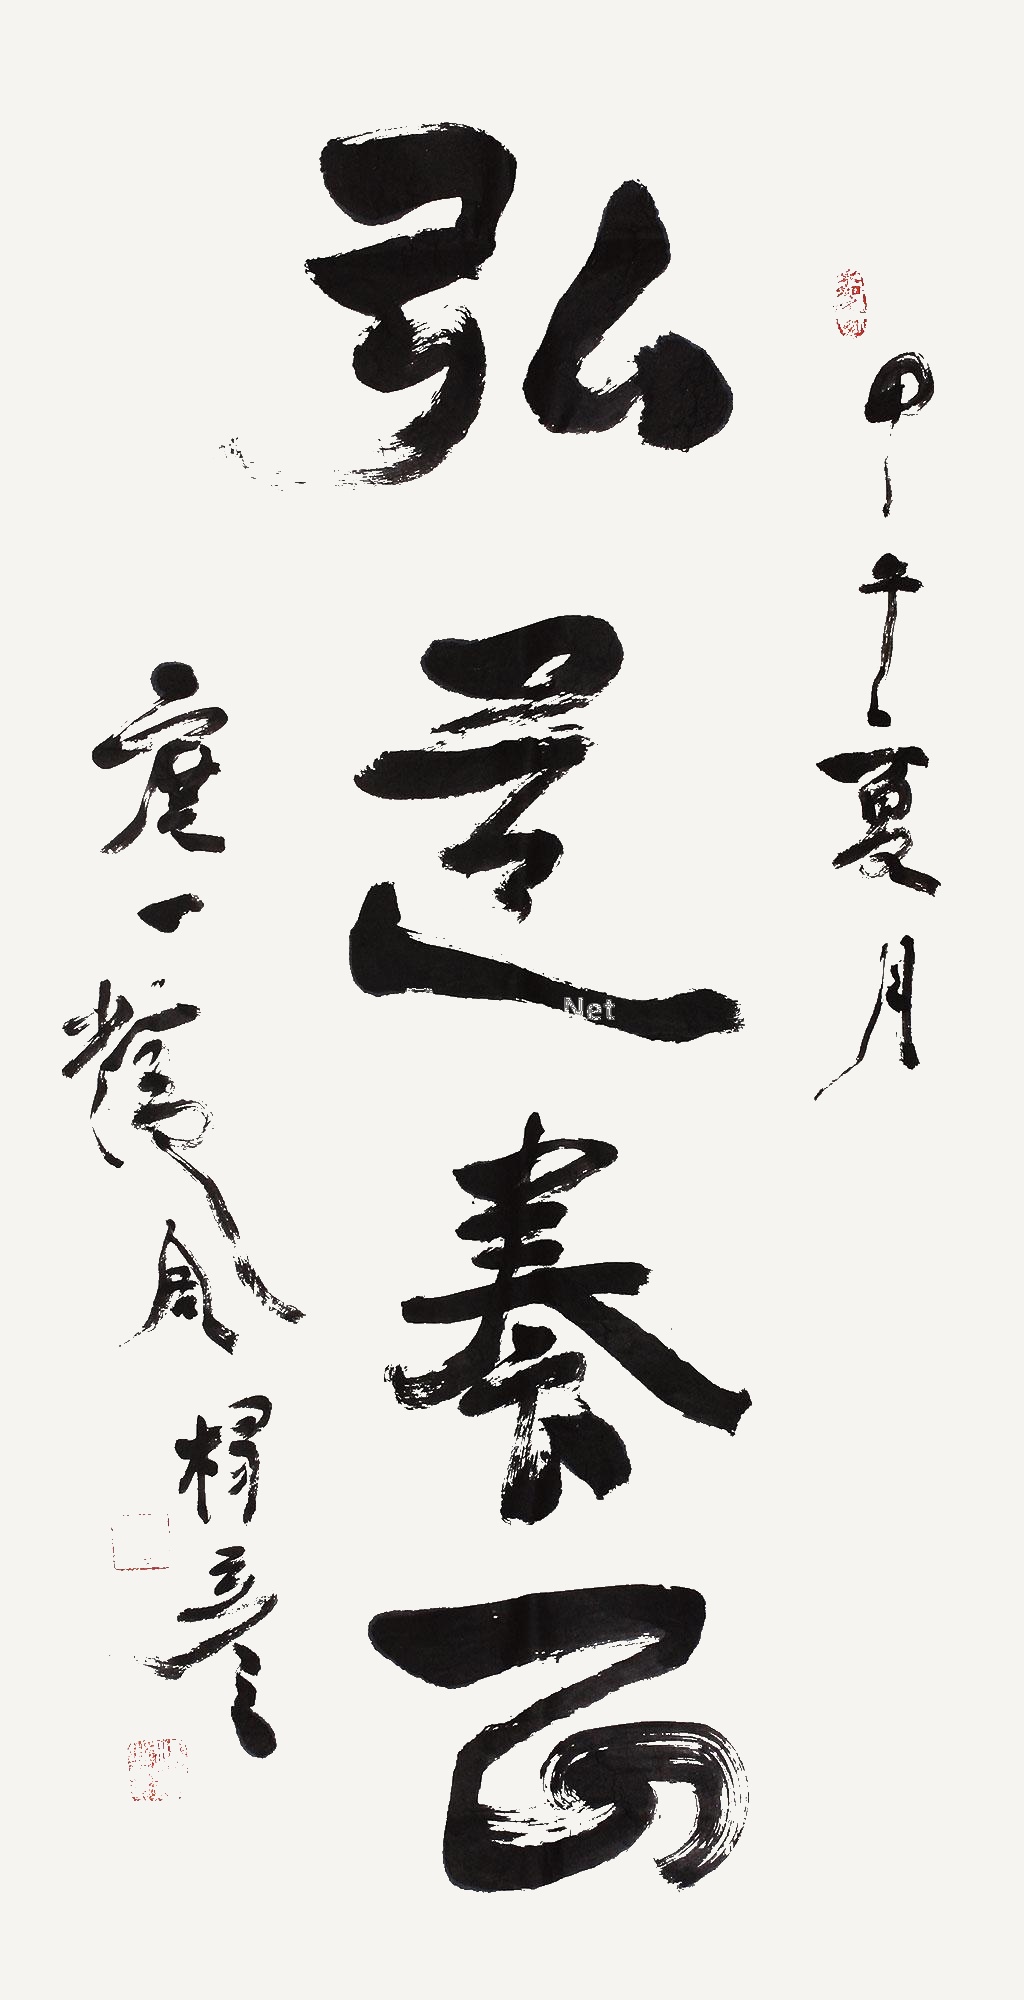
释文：弘道养正甲午夏月，度一精舍杨彦。